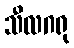
သီလဂရု